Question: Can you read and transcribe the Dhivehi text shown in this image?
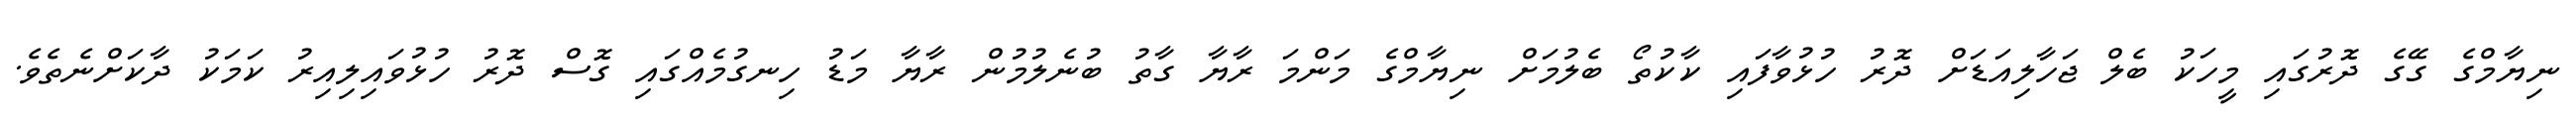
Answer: ނިޔާމްގެ ގޭގެ ދޮރުގައި މީހަކު ބެލް ޖަހާލިއަޑަށް ދޮރު ހުޅުވާފައި ކާކުތޯ ބެލުމަށް ނިޔާމްގެ މަންމަ ރާޔާ ގާތު ބުނެލުމުން ރާޔާ މަޑު ހިނގުމެއްގައި ގޮސް ދޮރު ހުޅުވައިލިއިރު ކަމަކު ދާކަށްނެތެވެ.